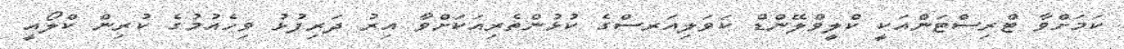
ކަމަށްވާ ޓްރިސްޓަންއަކީ ކްލީވްލޭންޑް ކަވަލިއަރސްގެ ކުޅުންތެރިއަކަށްވާ އިރު ދަރިފުޅު ވިހެއުމުގެ ކުރިން ކްލޯއީ